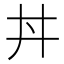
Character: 丼